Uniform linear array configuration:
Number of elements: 12
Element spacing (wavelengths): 1
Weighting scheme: cosine
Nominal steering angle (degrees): -15
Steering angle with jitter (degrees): -15.957
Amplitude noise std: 0.05
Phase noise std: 0.05

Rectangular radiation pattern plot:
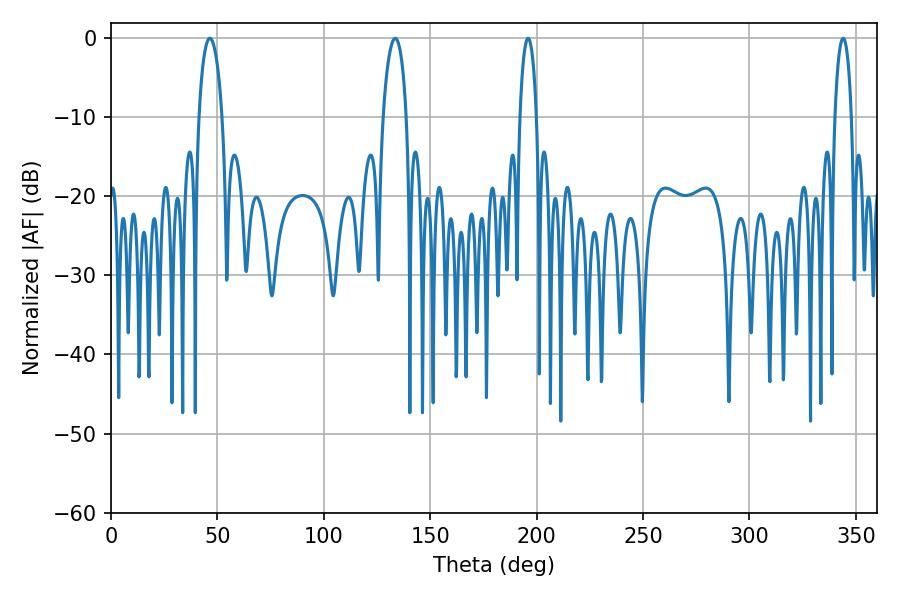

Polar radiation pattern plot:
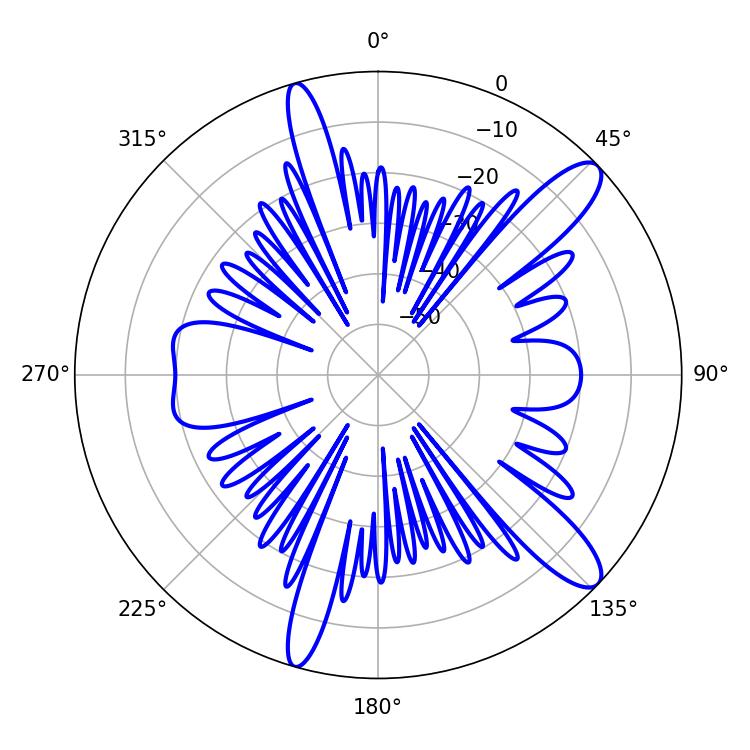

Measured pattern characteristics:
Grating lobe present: TRUE
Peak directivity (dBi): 12.111
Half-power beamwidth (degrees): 6.3
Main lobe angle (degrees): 46.44